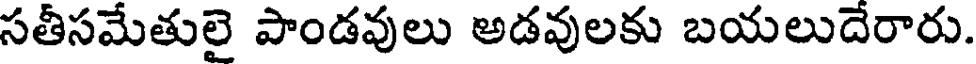
సతీసమేతులై పాండవులు అడవులకు బయలుదేరారు.